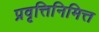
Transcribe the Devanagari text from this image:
प्रवृत्तिनिमित्त